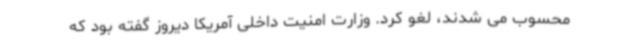
محسوب می شدند، لغو کرد. وزارت امنیت داخلی آمریکا دیروز گفته بود که